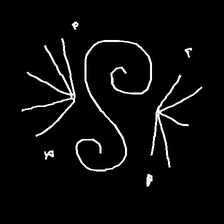
Glyph: aeroform